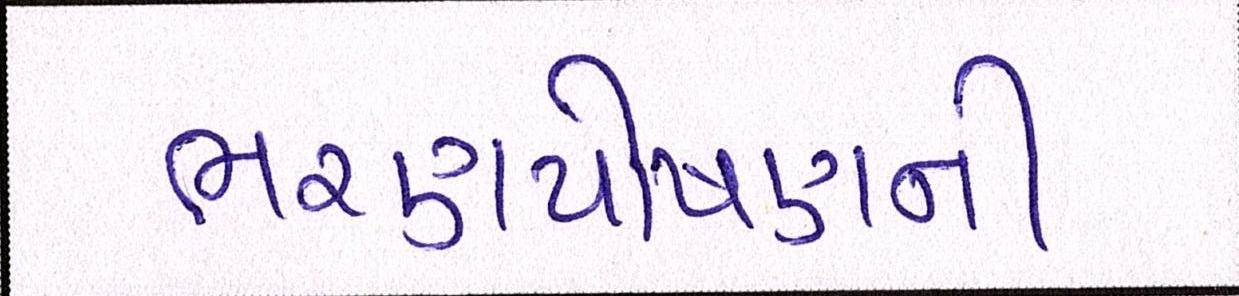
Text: ભરણપોષણની